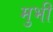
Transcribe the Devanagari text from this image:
मुभी